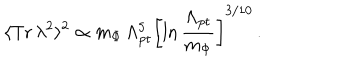
\langle \mathrm { T r } \, \lambda ^ { 2 } \rangle ^ { 2 } \propto m _ { \Phi } \, \Lambda _ { \mathrm { p t } } ^ { 5 } \left[ \ln \frac { \Lambda _ { \mathrm { p t } } } { m _ { \Phi } } \right] ^ { 3 / 1 0 } \, .